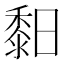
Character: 䵒